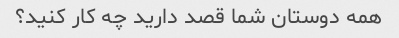
همه دوستان شما قصد دارید چه کار کنید؟